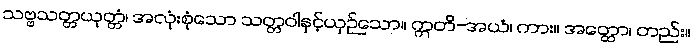
သဗ္ဗသတ္တယုတ္တံ၊ အလုံးစုံသော သတ္တဝါနှင့်ယှဉ်သော။ ဣတိ-အယံ၊ ကား။ အတ္ထော၊ တည်း။